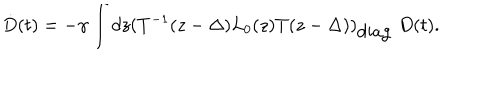
\dot { D } ( t ) = - \gamma \int d z ( T ^ { - 1 } ( z - \Delta ) L _ { 0 } ( z ) T ( z - \Delta ) ) _ { \mathrm { d i a g } } ~ D ( t ) .